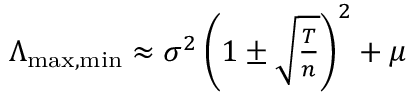
\begin{array} { r } { \Lambda _ { \operatorname* { m a x } , \operatorname* { m i n } } \approx \sigma ^ { 2 } \left( 1 \pm \sqrt { \frac { T } { n } } \right) ^ { 2 } + \mu } \end{array}